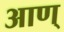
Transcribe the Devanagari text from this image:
आण्